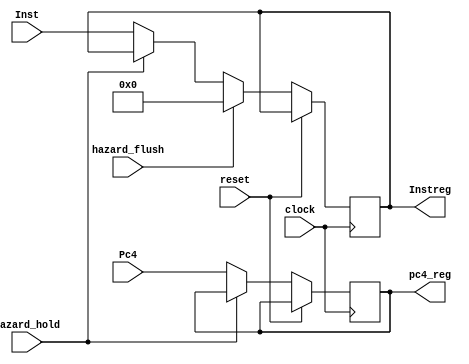
//prevent verilog from declaring undefined variables as wire,
//instead, it throws an error
`default_nettype none

module IFID (clock,reset,Inst,Pc4,hazard_hold,pc4_reg,Instreg,hazard_flush);

input wire clock, reset, hazard_hold, hazard_flush;
input wire [31:0] Inst, Pc4;

output reg [31:0] pc4_reg, Instreg;

always @ (posedge clock) begin
if (!reset) begin

if (!hazard_hold) begin
	Instreg <= Inst;
	pc4_reg <= Pc4;
end

//used by beq,
//note: it clears the instruction, but
//lets pc4 pass to the next cpu stage
//where it's needed in EX stage by beq
//for branch address calculation
if(hazard_flush)
	Instreg <= 0; //insert nop instruction (no-operation)

end //if (!reset)

end //always

endmodule